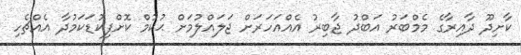
ކާށިދޫ ދާއިރާގެ މެމްބަރު އަބްދު ޖާބިރު އެއްއަހަރަށް ޖަލައްލުމަށް ޙުކުމް ކޮށްފިކުޑަކަމުދާ އެއްޗެހި